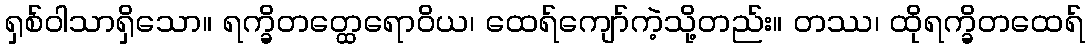
ရှစ်ဝါသာရှိသော။ ရက္ခိတတ္ထေရောဝိယ၊ ထေရ်ကျော်ကဲ့သို့တည်း။ တဿ၊ ထိုရက္ခိတထေရ်